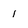
Character: 1